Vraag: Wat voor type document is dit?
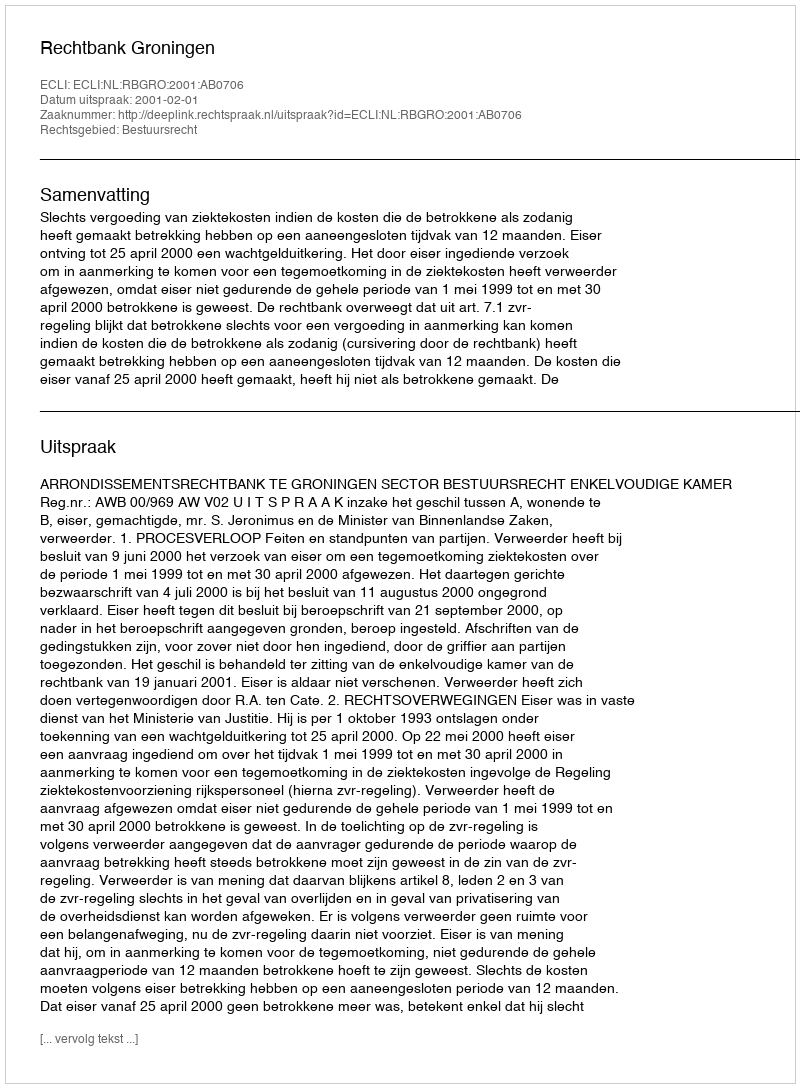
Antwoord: Uitspraak